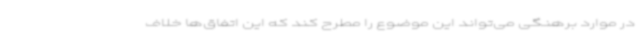
در موارد برهنگی می‌تواند این موضوع را مطرح کند که این اتفاق‌ها خلاف